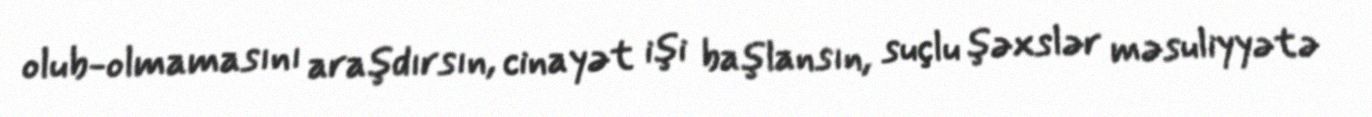
olub-olmamasını araşdırsın, cinayət işi başlansın, suçlu şəxslər məsuliyyətə